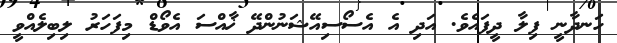
ހަނދާނީ ފިލާ ދީފައެވެ. އަދި އެ އެސޯސިއޭޝަނުންދޭ ޚާއްސަ އެވޯޑް މިފަހަރު ލިބިލެއްވީ